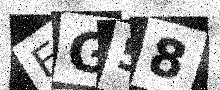
Text: EG58